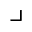
\lrcorner